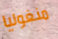
منغوليا